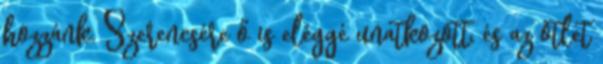
hozzánk. Szerencsére ő is eléggé unatkozott, és az ötlet